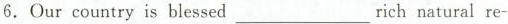
6.Our country is blessed___rich natural re-